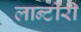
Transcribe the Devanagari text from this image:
लान्टीरी